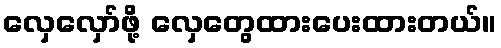
လှေလှော်ဖို့ လှေတွေထားပေးထားတယ်။